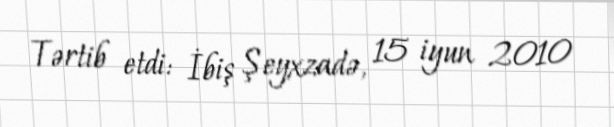
Tərtib etdi: İbiş Şeyxzadə, 15 iyun 2010